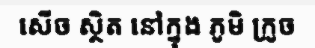
សើច ស្ថិត នៅក្នុង ភូមិ ក្រូច